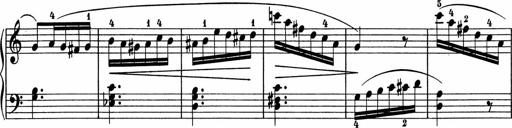
Title: 5 Sonatinen fÃ¼r die Jugend
Composer: Carl Reinecke